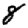
Digit: 8